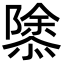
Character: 𢡣